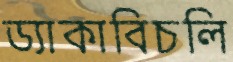
ড্যাকাবিচলি